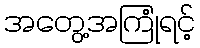
အတွေ့အကြုံရင့်